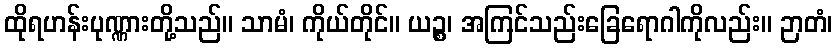
ထိုရဟန်းပုဏ္ဏားတို့သည်။ သာမံ၊ ကိုယ်တိုင်။ ယဉ္စ၊ အကြင်သည်းခြေရောဂါကိုလည်း။ ဉာတံ၊